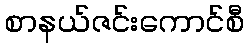
စာနယ်ဇင်းကောင်စီ